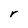
Character: r